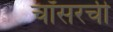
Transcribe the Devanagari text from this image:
चॉसरची